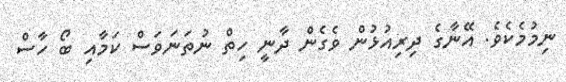
ނިމުމެކެވެ. އޭނާގެ ދިރިއުޅުން ވެގެން ދާނީ ހިތް ނުތަނަވަސް ކަމާއި ބޯ ހާސް